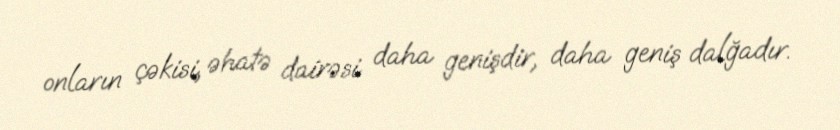
onların çəkisi, əhatə dairəsi daha genişdir, daha geniş dalğadır.